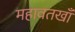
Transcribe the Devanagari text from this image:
महावतखाँ